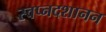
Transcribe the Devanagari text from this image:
स्वप्नदशानन